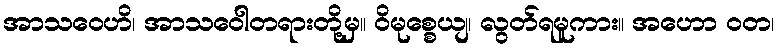
အာသဝေဟိ၊ အာသဝေါတရားတို့မှ။ ဝိမုစ္စေယျ၊ လွတ်ရမူကား။ အဟော ဝတ၊